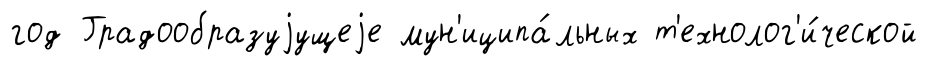
год Градообразуjущеjе мун'иципа́льных т'ехнолог'и́ческой